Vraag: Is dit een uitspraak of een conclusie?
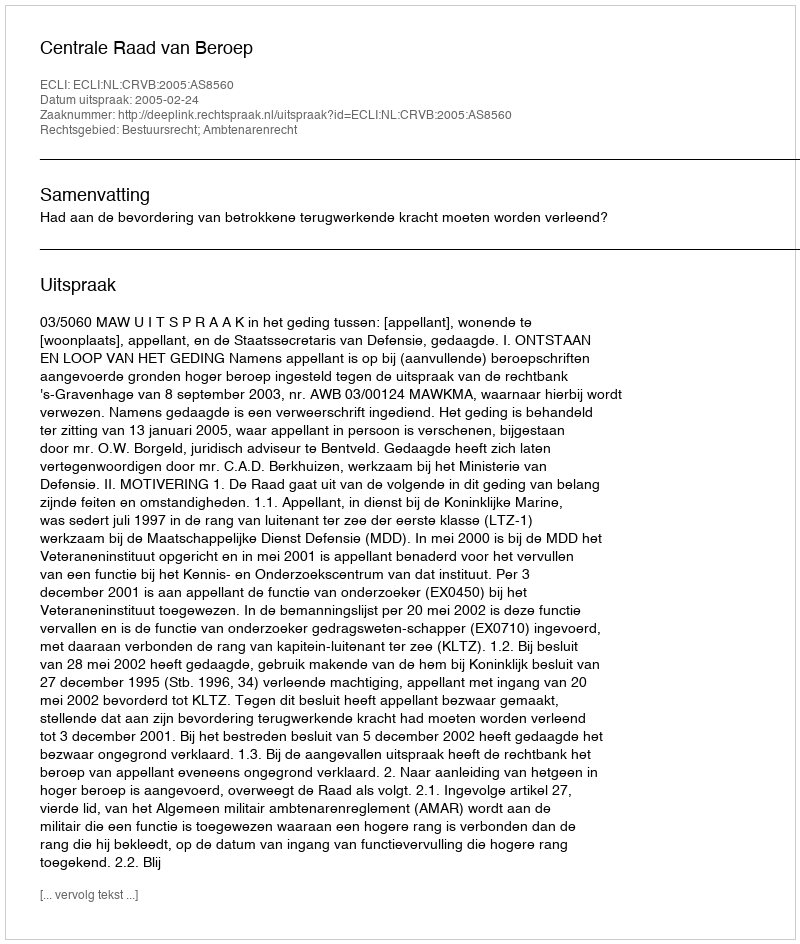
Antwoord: Uitspraak